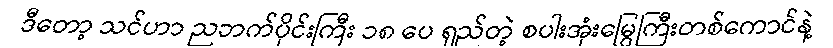
ဒီတော့ သင်ဟာ ညဘက်ပိုင်းကြီး ၁၈ ပေ ရှည်တဲ့ စပါးအုံးမြွေကြီးတစ်ကောင်နဲ့